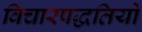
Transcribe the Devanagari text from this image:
विचारपद्धतियों